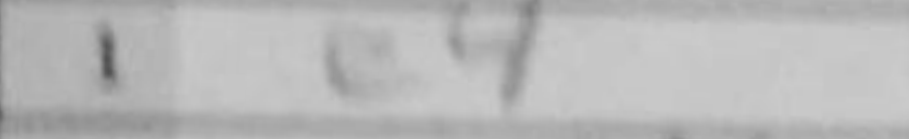
Transcription: e4